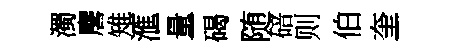
濁麐雉滙量碣随碚则伯奎